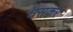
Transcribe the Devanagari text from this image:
घसकर